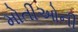
મોતીઓની